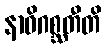
နာဓိဂစ္ဆတီတိ